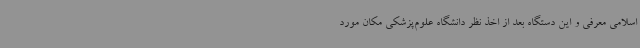
اسلامی معرفی و این دستگاه بعد از اخذ نظر دانشگاه علوم‌پزشکی مکان مورد